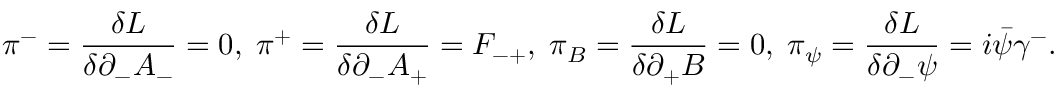
{ \pi } ^ { - } = \frac { { \delta } L } { { \delta } { \partial } _ { - } A _ { - } } = 0 , \; { \pi } ^ { + } = \frac { { \delta } L } { { \delta } { \partial } _ { - } A _ { + } } = F _ { - + } , \; { \pi } _ { B } = \frac { { \delta } L } { { \delta } { \partial } _ { + } B } = 0 , \; { \pi } _ { \psi } = \frac { { \delta } L } { { \delta } { \partial } _ { - } { \psi } } = i \bar { \psi } { \gamma } ^ { - } .